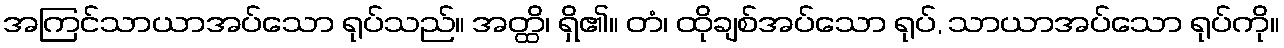
အကြင်သာယာအပ်သော ရုပ်သည်။ အတ္ထိ၊ ရှိ၏။ တံ၊ ထိုချစ်အပ်သော ရုပ်, သာယာအပ်သော ရုပ်ကို။